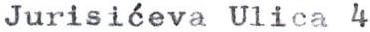
Jurisi eva Ulica 4